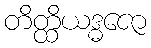
တိတ္ထိယဒ္ဓဇော